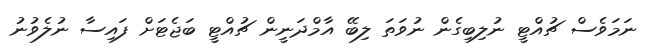
ނަމަވެސް ޗުއްޓީ ނުލިބިގެން ނުވަތަ ލިބޭ އާމްދަނީން ޗުއްޓީ ބަޖެޓަށް ފައިސާ ނުލެވުނު